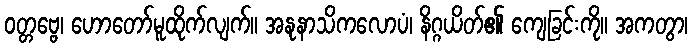
ဝတ္တဗ္ဗေ၊ ဟောတော်မူထိုက်လျက်။ အနုနာသိကလောပံ၊ နိဂ္ဂယိတ်၏ ကျေခြင်းကို။ အကတွာ၊